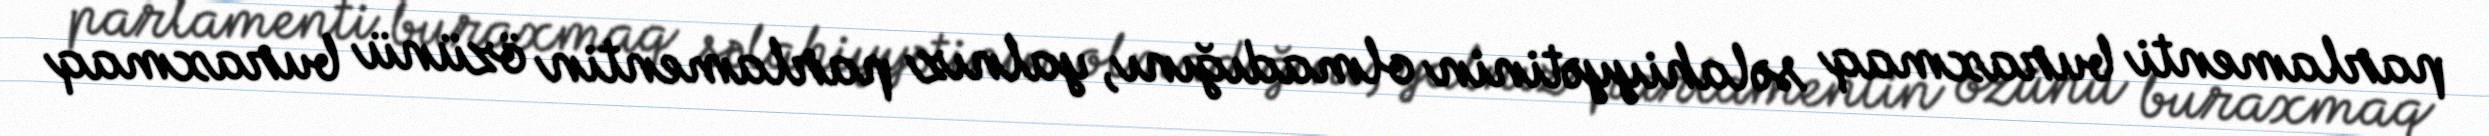
parlamenti buraxmaq səlahiyyətinin olmadığını, yalnız parlamentin özünü buraxmaq